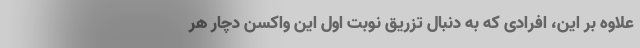
علاوه بر این، افرادی که به دنبال تزریق نوبت اول این واکسن دچار هر